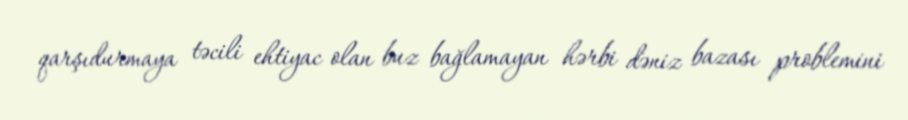
qarşıdurmaya təcili ehtiyac olan buz bağlamayan hərbi dəniz bazası problemini